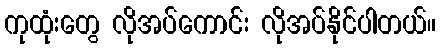
ကုထုံးတွေ လိုအပ်ကောင်း လိုအပ်နိုင်ပါတယ်။